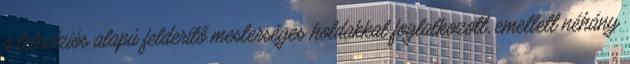
a televíziós alapú felderítő mesterséges holdakkal foglalkozott, emellett néhány